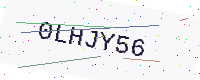
Text: 0LHJY56